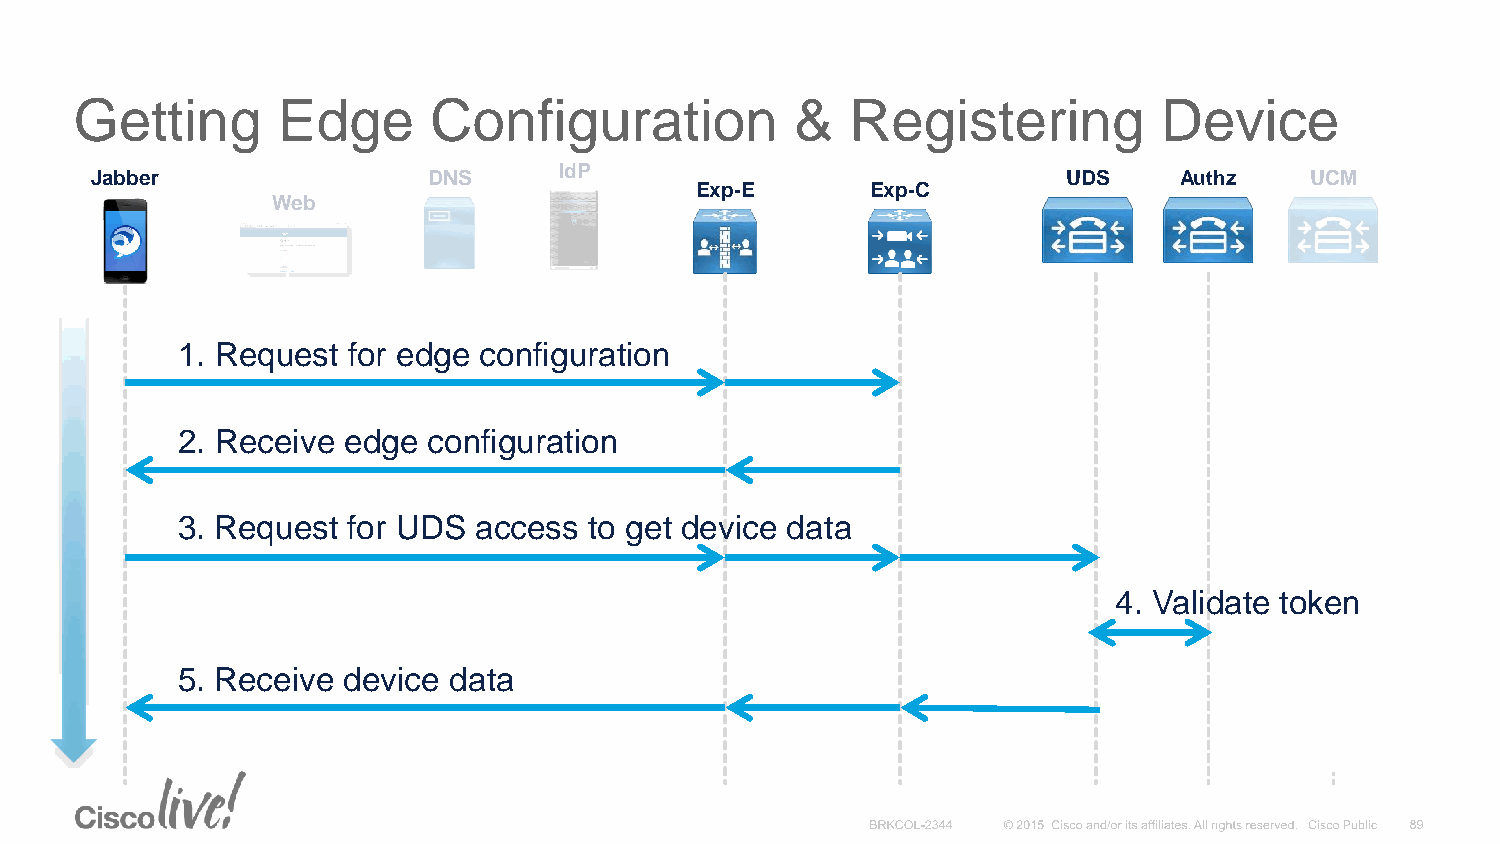
Getting      Edge      Configuration            &  Registering          Device
 IdP
 Jabber                DNS                                        UDS    Authz    UCM
 Exp-E       Exp-C
 Web
 1. Request for edge configuration
 2. Receive edge configuration
 3. Request for UDS  access to get device data
 4. Validate token
 5. Receive device data